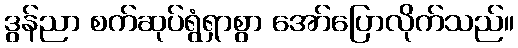
ဒွန်ညာ စက်ဆုပ်ရွံရှာစွာ အော်ပြောလိုက်သည်။